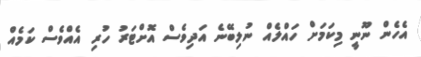
އެހެން ނޫނީ މިކަމަށް ހައްލެއް ނުލިބޭނެ އަދިވެސް އޮށްޓަރު ހުރި އެއްވެސް ކަމެއް